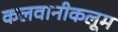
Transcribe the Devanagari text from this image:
कलवानीकलूम